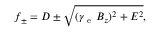
f _ { \pm } = D \pm \sqrt { ( \gamma _ { \mathrm { ~ e ~ } } B _ { z } ) ^ { 2 } + E ^ { 2 } } ,